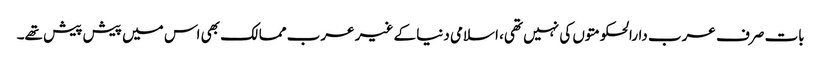
بات صرف عرب دارالحکومتوں کی نہیں تھی، اسلامی دنیا کے غیر عرب ممالک بھی اس میں پیش پیش تھے۔